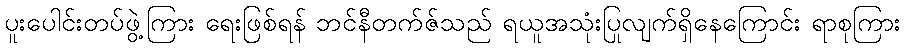
ပူးပေါင်းတပ်ဖွဲ့ကြား ရေးဖြစ်ရန် ဘင်နီတက်ဇ်သည် ရယူအသုံးပြုလျက်ရှိနေကြောင်း ရာစုကြား